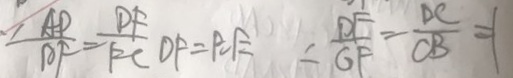
\frac { A D } { D F } = \frac { D F } { F C } D F = P E = \frac { D F } { G F } = \frac { D C } { C B } = 1